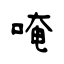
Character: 唵